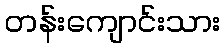
တန်းကျောင်းသား